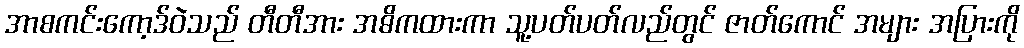
အာစကင်းကော့ဒ်ဝဲသည် တီတီအား အဓိကထားကာ သူ့ပတ်ပတ်လည်တွင် ဇာတ်ကောင် အများ အပြားကို